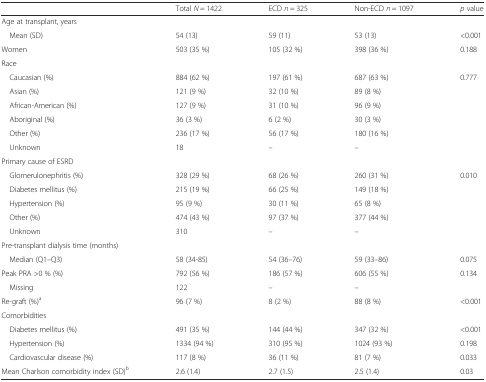
<table><thead><tr><td></td><td><b>Total <i>N</i> = 1422</b></td><td><b>ECD <i>n</i> = 325</b></td><td><b>Non-ECD <i>n</i> = 1097</b></td><td><b><i>p</i> value</b></td></tr></thead><tbody><tr><td>Age at transplant, years</td><td></td><td></td><td></td><td></td></tr><tr><td> Mean (SD)</td><td>54 (13)</td><td>59 (11)</td><td>53 (13)</td><td>&lt;0.001</td></tr><tr><td>Women</td><td>503 (35 %)</td><td>105 (32 %)</td><td>398 (36 %)</td><td>0.188</td></tr><tr><td>Race</td><td></td><td></td><td></td><td></td></tr><tr><td> Caucasian (%)</td><td>884 (62 %)</td><td>197 (61 %)</td><td>687 (63 %)</td><td rowspan="5">0.777</td></tr><tr><td> Asian (%)</td><td>121 (9 %)</td><td>32 (10 %)</td><td>89 (8 %)</td></tr><tr><td> African-American (%)</td><td>127 (9 %)</td><td>31 (10 %)</td><td>96 (9 %)</td></tr><tr><td> Aboriginal (%)</td><td>36 (3 %)</td><td>6 (2 %)</td><td>30 (3 %)</td></tr><tr><td> Other (%)</td><td>236 (17 %)</td><td>56 (17 %)</td><td>180 (16 %)</td></tr><tr><td> Unknown</td><td>18</td><td>–</td><td>–</td><td></td></tr><tr><td>Primary cause of ESRD</td><td></td><td></td><td></td><td></td></tr><tr><td> Glomerulonephritis (%)</td><td>328 (29 %)</td><td>68 (26 %)</td><td>260 (31 %)</td><td rowspan="4">0.010</td></tr><tr><td> Diabetes mellitus (%)</td><td>215 (19 %)</td><td>66 (25 %)</td><td>149 (18 %)</td></tr><tr><td> Hypertension (%)</td><td>95 (9 %)</td><td>30 (11 %)</td><td>65 (8 %)</td></tr><tr><td> Other (%)</td><td>474 (43 %)</td><td>97 (37 %)</td><td>377 (44 %)</td></tr><tr><td> Unknown</td><td>310</td><td>–</td><td>–</td><td></td></tr><tr><td>Pre-transplant dialysis time (months)</td><td></td><td></td><td></td><td></td></tr><tr><td> Median (Q1–Q3)</td><td>58 (34-85)</td><td>54 (36–76)</td><td>59 (33–86)</td><td>0.075</td></tr><tr><td>Peak PRA &gt;0 % (%)</td><td>792 (56 %)</td><td>186 (57 %)</td><td>606 (55 %)</td><td>0.134</td></tr><tr><td> Missing</td><td>122</td><td>–</td><td>–</td><td></td></tr><tr><td>Re-graft (%)<sup>a</sup></td><td>96 (7 %)</td><td>8 (2 %)</td><td>88 (8 %)</td><td>&lt;0.001</td></tr><tr><td>Comorbidities</td><td></td><td></td><td></td><td></td></tr><tr><td> Diabetes mellitus (%)</td><td>491 (35 %)</td><td>144 (44 %)</td><td>347 (32 %)</td><td>&lt;0.001</td></tr><tr><td> Hypertension (%)</td><td>1334 (94 %)</td><td>310 (95 %)</td><td>1024 (93 %)</td><td>0.198</td></tr><tr><td> Cardiovascular disease (%)</td><td>117 (8 %)</td><td>36 (11 %)</td><td>81 (7 %)</td><td>0.033</td></tr><tr><td>Mean Charlson comorbidity index (SD)<sup>b</sup></td><td>2.6 (1.4)</td><td>2.7 (1.5)</td><td>2.5 (1.4)</td><td>0.03</td></tr></tbody></table>